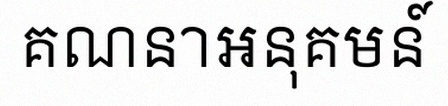
គណនាអនុគមន៍